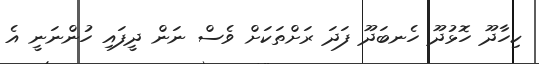
ކިހާދޫ ހޮޅުދޫ ހެނބަދޫ ފަދަ ރަށްތަކަށް ވެސް ނަން ދީފައި ހުންނަނީ އެ